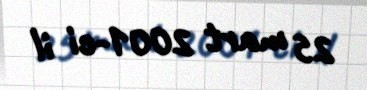
25 mart 2001-ci il